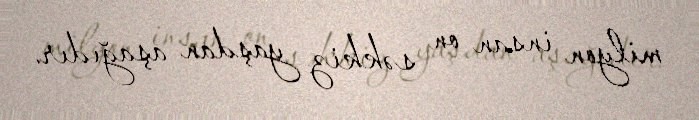
milyon insan on səkkiz yaşdan aşağıdır.